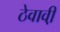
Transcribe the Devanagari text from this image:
ठेवावी़